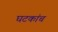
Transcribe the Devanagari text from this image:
घटकांच